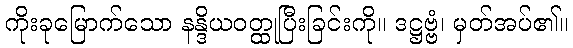
ကိုးခုမြောက်သော နန္ဒိယဝတ္ထုပြီးခြင်းကို။ ဒဋ္ဌဗ္ဗံ၊ မှတ်အပ်၏။